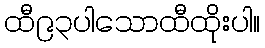
ထီ၉၃ပါသောထီထိုးပါ။